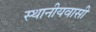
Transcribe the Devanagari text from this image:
स्थानीयवासी